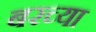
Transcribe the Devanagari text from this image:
बरच्या